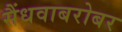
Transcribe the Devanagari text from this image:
सैंधवाबरोबर